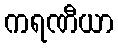
ကရဏီယာ